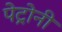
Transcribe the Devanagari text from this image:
पेट्रोनी